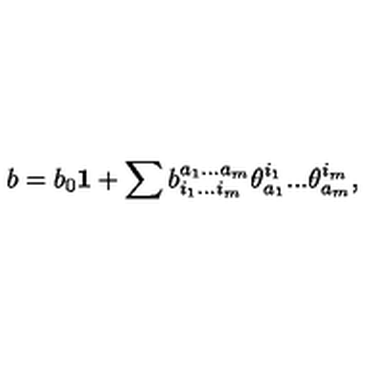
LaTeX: b = b _ { 0 } { \bf 1 } + \sum b _ { i _ { 1 } . . . i _ { m } } ^ { a _ { 1 } . . . a _ { m } } \theta _ { a _ { 1 } } ^ { i _ { 1 } } . . . \theta _ { a _ { m } } ^ { i _ { m } } ,